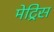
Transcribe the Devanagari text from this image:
मेट्रिस